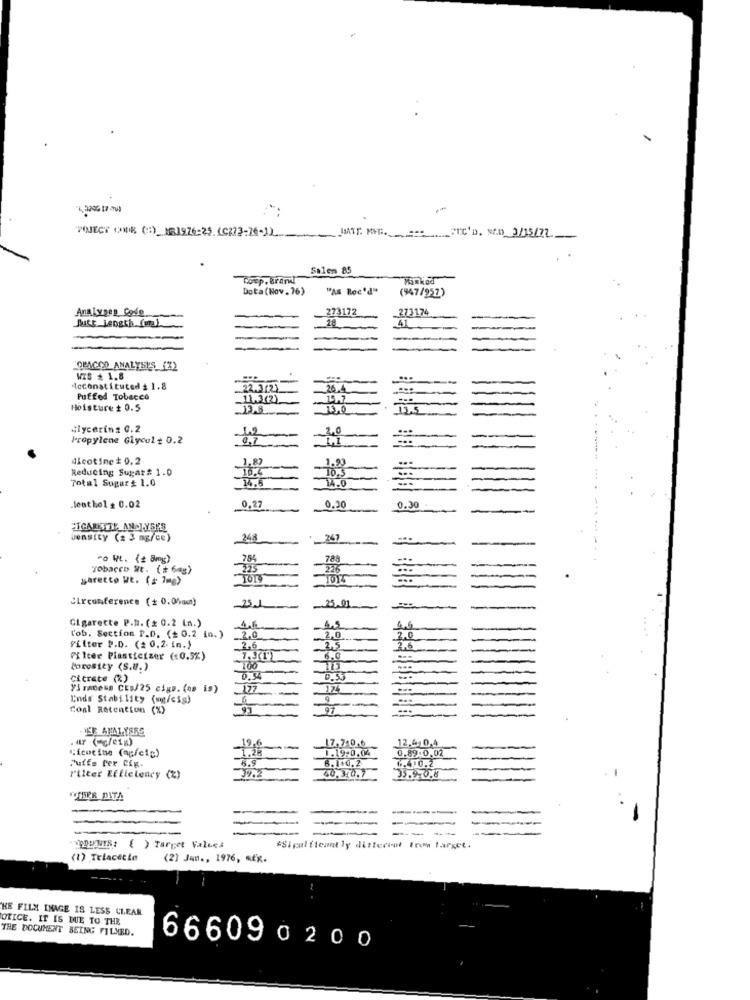
1. 2206 17 -08
JANTE. MMG. == FTC'D. SEM 3/15/27
Salem 85
Coup. Brand
Data (Nov.76)
"As Rec'd"
(947/952)
Analysen Code
273172
_273174
-
18
41
LOPAGOO ANALYSIS (3)
VIS * 1.8
Icconstituted $ 1.8
22.372)
26.4
Puffed Tobacco
_11.3(2).
15,7
...
Hoisture $ 0.5
13,0
13.5
Glycerinz 0.2
20
Propylene Glycol # 0.2
11
...
Alcotime+0.2
1.93
Reducing Sugar# 1.0
10.4
TO.5
Total Sugar # 1.0
14.0
lent hol = 0.02
0,27
0.30
0.30
CIGARETTE ANDJYSKS
Jensity (# 3 mg/ce)
248
247
ro Wt. (# 8mg)
788
Tobacco Nt. (+ 6g)
225
226
...
saretto Wt. ( + 7mg)
TOR
Circumference (+ 0.04am)
251
25,01
Cigarette P.D. (≤ 0.2 in.)
4.5
l'ob. Section P.D. (+ 0.2 in.)
2.0
2.0
2.0
Filter P.D. (2 0.2. in.)
2.6
2.5
2.6
F Iter Plasticizer (10.5%)
6.0
Porostey (S.U.)
Citrate (R)
0.34
0.53
VirACess CES/25 cigo. (ns is)
177
174
Ends Stability (mg/cig)
Coal Retention (%)
YER ANALYSES
. ur ("g/eig)
19,6
17.740.6
12.410,4
Nicotine (aufeig)
1.28
1.19/0,04
0.89.0,02
6.9
8.1+0,2
6.410.2
Puffs Per Cig.
39.2
P'ilter Efficiency (2)
40.3:0.7
35.9.0.8
WIIPR DITA
-
----
-YODIENTS: ( ) Target Values
&Sipalftemnt ly different Iron target.
(1) Telacette
(2) Jun ., 1976, «Ex.
HE FILM INAGE IS LESS CLEAR
OTICE. IT IS DUE TO THE
THE DOCUMENT BEING FILMED.
666090200